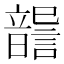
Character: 𩐶